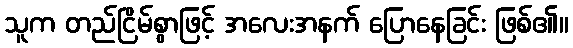
သူက တည်ငြိမ်စွာဖြင့် အလေးအနက် ပြောနေခြင်း ဖြစ်၏။